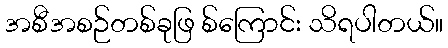
အစီအစဉ်တစ်ခုဖြ စ်ကြောင်း သိရပါတယ်။